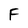
Character: F